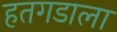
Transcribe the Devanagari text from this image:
हतगडाला